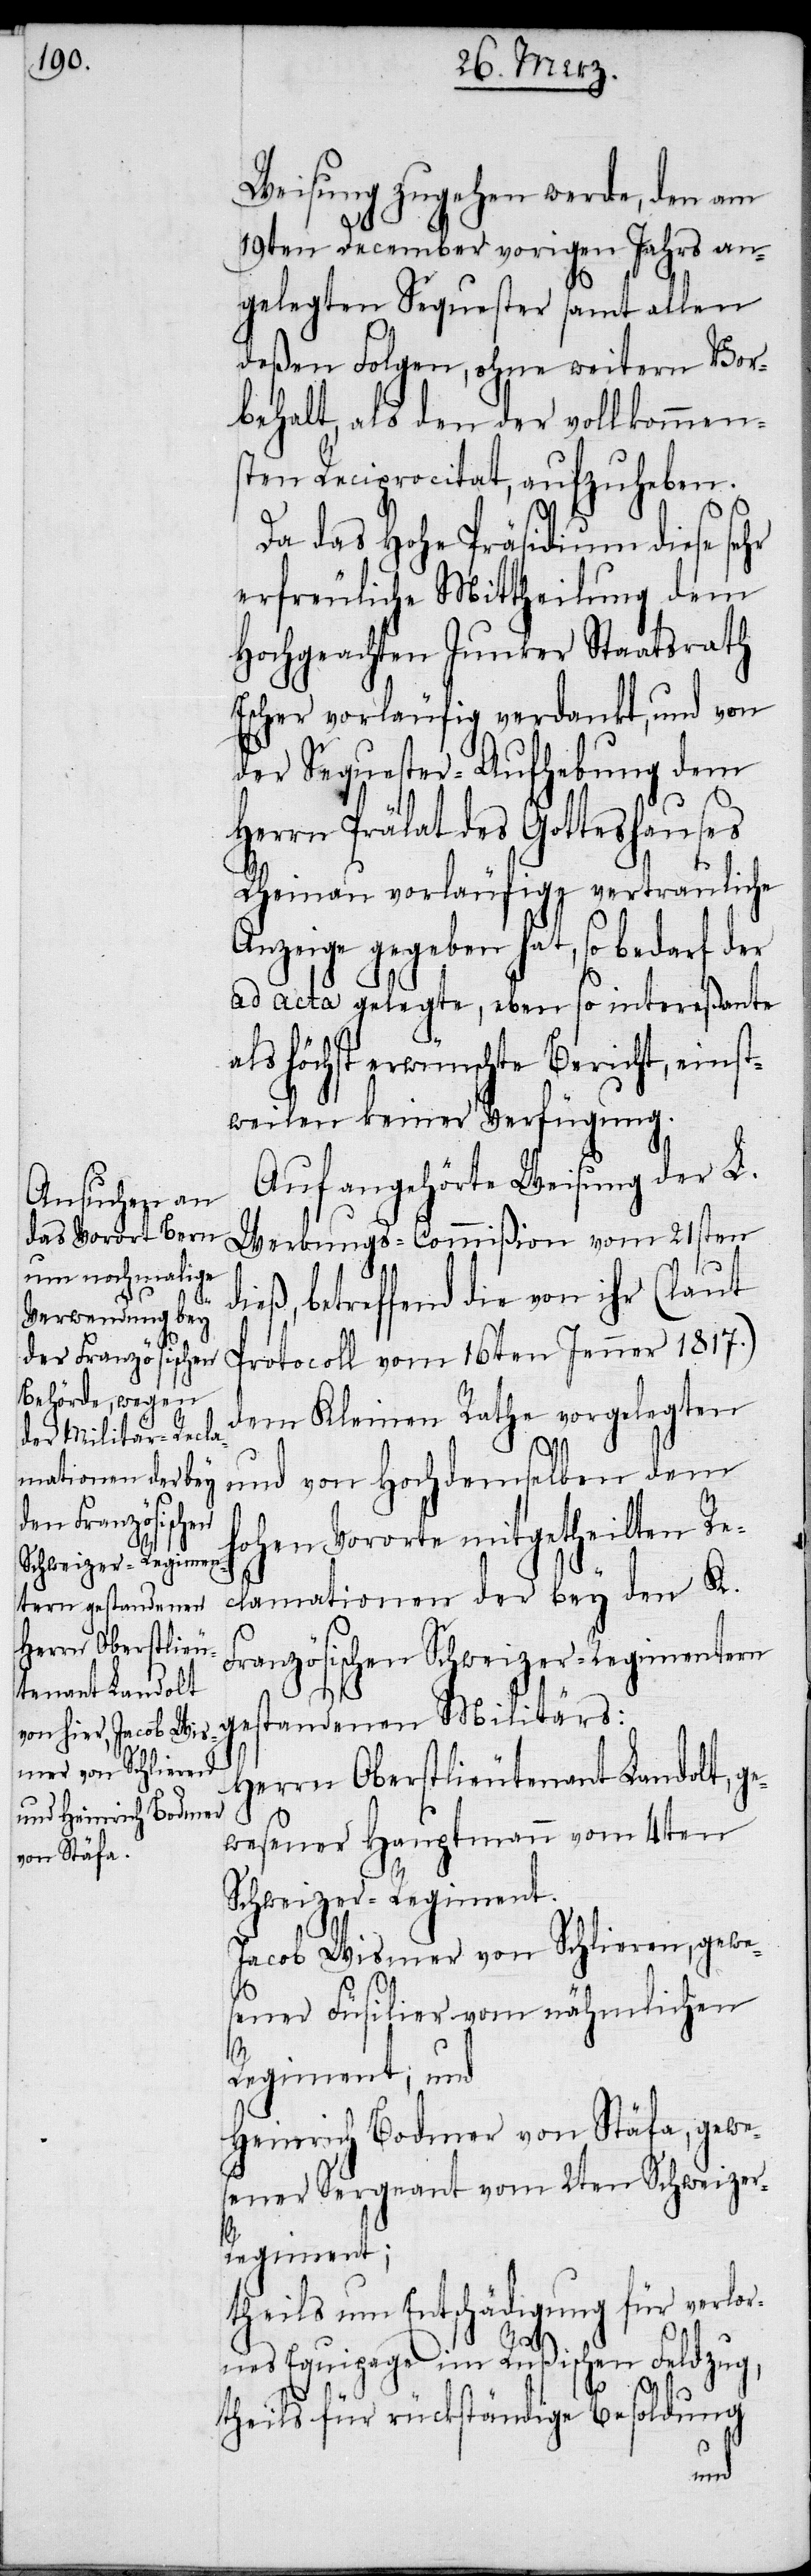
Schweizer-Regiment.

Weisung zugehen werde, den am
19ten December vorigen Jahrs an¬
gelegten Sequester samt allen
deßen Folgen, ohne weitern Vor¬
behalt, als den der vollkommen¬
sten Reciprocitat, aufzuheben.
Da das Hohe Präsidium diese sehr
erfreuliche Mittheilung dem
Hochgeachten Junker Staatsrath
Escher vorläufig verdankt, und von
der Sequester-Aufhebung dem
Herrn Prälat des Gotteshauses
Rheinau vorläufig vertrauliche
Anzeige gegeben hat, so bedarf der
ad acta gelegte, eben so intereßante
als höchst erwünschte Bericht, einst¬
weilen keiner Verfügung.
Auf angehörte Weisung der L.
Werbungs-Commißion vom 21sten
ieß, betreffend die von ihr (laut
Protocoll vom 16ten Jenner 1817.)
dem Kleinen Rathe vorgelegten
und von Hochdemselben dem
hohen Vororte mitgetheilten Re¬
clamationen der bey den K.
Französischen Schweizer-Regimentern
gestandenen Militärs:
Herrn Oberstlieutenant Landolt, ge¬
wesener Hauptmann vom 4ten
Jacob Wismer von Schlieren, gewe¬
sener Füsilier vom nähmlichen
Regiment; und
Heinrich Bodmer von Stäfa, gewe¬
sener Sergeant vom 2ten Schweizer-R¬
egiment;
theils um Entschädigung für verlor¬
nes Equipage im Rußischen Feldzug,
theils für rückständige Besoldung
d¬